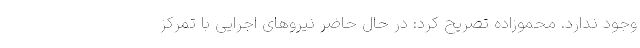
وجود ندارد. محموزاده تصریح کرد: در حال حاضر نیروهای اجرایی با تمرکز